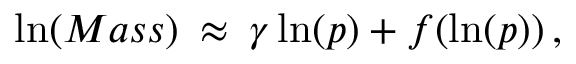
\ln ( M a s s ) \: \approx \: \gamma \ln ( p ) + f ( \ln ( p ) ) \, ,